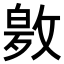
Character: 𭤂